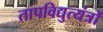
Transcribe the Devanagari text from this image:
तापविद्युत्यंत्रों